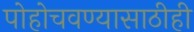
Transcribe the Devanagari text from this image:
पोहोचवण्यासाठीही